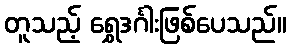
တူသည့် ရွှေဒင်္ဂါးဖြစ်ပေသည်။